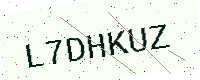
Text: L7DHKUZ